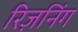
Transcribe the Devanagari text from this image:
रिज़निंग